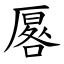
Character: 厬